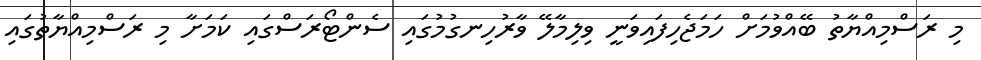
މި ރަސްމިއްޔާތު ބޭއްވުމަށް ހަމަޖެހިފައިވަނީ ވިލިމާލޭ ވާރުހިނގުމުގައި ސެންޓޯރަސްގައި ކަމަށާ މި ރަސްމިއްޔާތުގައި